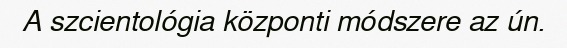
A szcientológia központi módszere az ún.